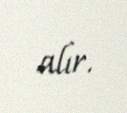
alır.